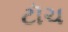
ટૉચ